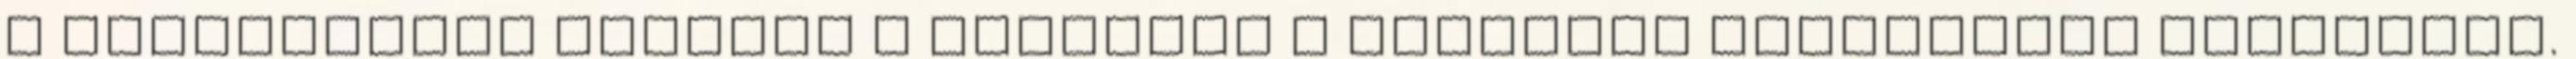
A szakemberek szerint a megoldás a fokozott stresszben keresendő.